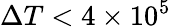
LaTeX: \Delta T<4\times 10^{5}